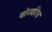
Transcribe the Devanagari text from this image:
वोज्कीच